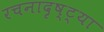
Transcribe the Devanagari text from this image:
रचनादृष्ट्या